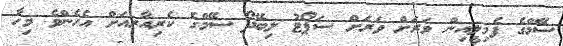
ސޭމްގެ ފެމިލީއިން ވަރަށް ވަރަށް ސަޕޯޓު ލިބޭދޯ ސޭމްގެ ކެރިއާރއަށް އެހެންވެ މިހާ